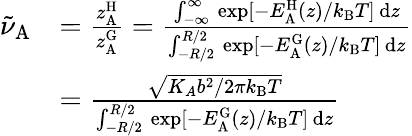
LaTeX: \begin{array}{rl}{\tilde{\nu}_{\mathrm{A}}}&{=\frac{z_{\mathrm{A}}^{\mathrm{H}}}{z_{\mathrm{A}}^{\mathrm{G}}}=\frac{\int_{-\infty}^{\infty}\, \exp[-E_{\mathrm{A}}^{\mathrm{H}}(z)/k_{\mathrm{B}}T]\, \mathrm{d}z}{\int_{-R/2}^{R/2}\, \exp[-E_{\mathrm{A}}^{\mathrm{G}}(z)/k_{\mathrm{B}}T]\, \mathrm{d}z}}\\ &{=\frac{\sqrt{K_{A}b^{2}/2\pi k_{\mathrm{B}}T}}{\int_{-R/2}^{R/2}\, \exp[-E_{\mathrm{A}}^{\mathrm{G}}(z)/k_{\mathrm{B}}T]\, \mathrm{d}z}}\end{array}